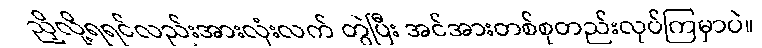
ညှိလို့ရရင်လည်းအားလုံးလက် တွဲပြီး အင်အားတစ်စုတည်းလုပ်ကြမှာပဲ။